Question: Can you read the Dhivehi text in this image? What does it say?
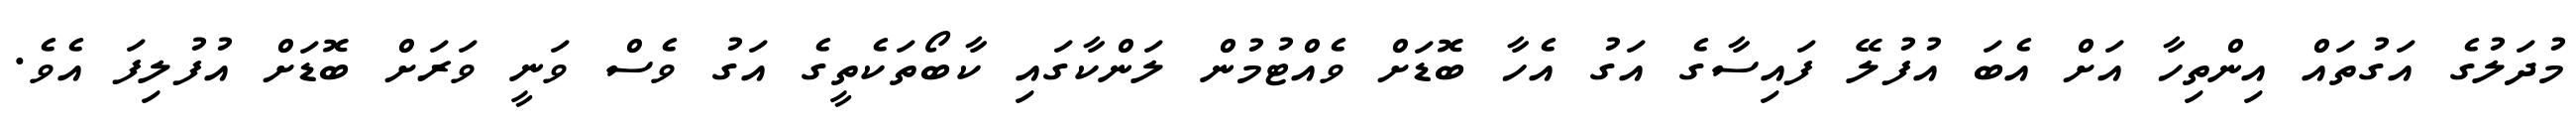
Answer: މުދަލުގެ އަގުތައް އިންތިހާ އަށް އެބަ އުފުލޭ ފައިސާގެ އަގު އެހާ ބޮޑަށް ވެއްޓުމުން ލަންކާގައި ކާބޯތަކެތީގެ އަގު ވެސް ވަނީ ވަރަށް ބޮޑަށް އުފުލިފަ އެވެ.